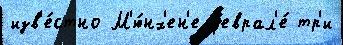
изв'е́стно М'ю́нх'ен'е ф'еврал'е́ тр'и